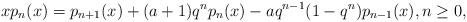
LaTeX: \begin{align*} xp_n(x) = p_{n+1}(x)+(a+1)q^np_n(x)-aq^{n-1}(1-q^n)p_{n-1}(x), n\geq0,\end{align*}